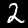
Digit: 2